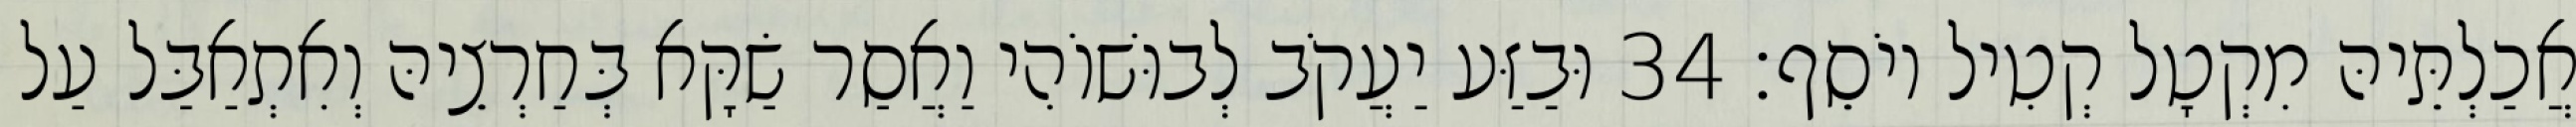
אֲכַלְתֵּיהּ מִקְטָל קְטִיל יוֹסֵף׃ 34 וּבַזַּע יַעֲקֹב לְבוּשׁוֹהִי וַאֲסַר שַׂקָּא בְּחַרְצֵיהּ וְאִתְאַבַּל עַל